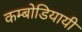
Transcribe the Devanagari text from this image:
कम्बोडियायी